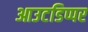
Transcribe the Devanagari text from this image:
आउटडिप्पर